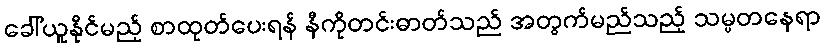
ခေါ်ယူနိုင်မည့် စာထုတ်ပေးရန် နီကိုတင်းဓာတ်သည် အတွက်မည်သည့် သမ္မတနေရာ